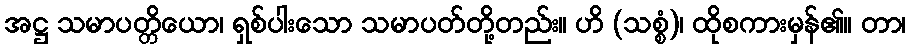
အဋ္ဌ သမာပတ္တိယော၊ ရှစ်ပါးသော သမာပတ်တို့တည်း။ ဟိ (သစ္စံ)၊ ထိုစကားမှန်၏။ တာ၊